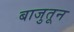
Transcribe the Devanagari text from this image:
बाजुतून